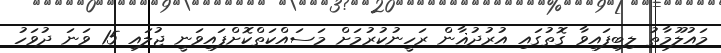
މައުލޫމާތު ލިބިފައިވާ ގޮތުގައި އުރުދުޣާން ރަހީނުކުރުމަށް މަސައްކަތްކޮށްފައިވަނީ ޖުލައި 15 ވަނަ ދުވަހު